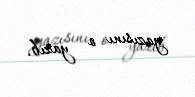
yazısını o yazıb.